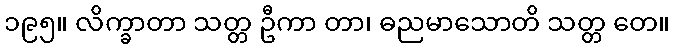
၁၉၅။ လိက္ခာတာ သတ္တ ဦကာ တာ၊ ဓညမာသောတိ သတ္တ တေ။